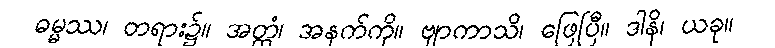
ဓမ္မဿ၊ တရား၌။ အတ္ထံ၊ အနက်ကို။ ဗျာကာသိ၊ ဖြေပြီ။ ဒါနိ၊ ယခု။